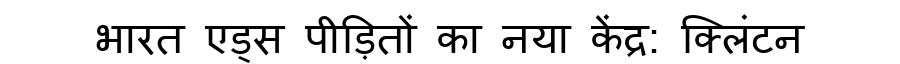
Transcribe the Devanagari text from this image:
भारत एड्स पीड़ितों का नया केंद्र: क्लिंटन